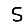
Digit: 5